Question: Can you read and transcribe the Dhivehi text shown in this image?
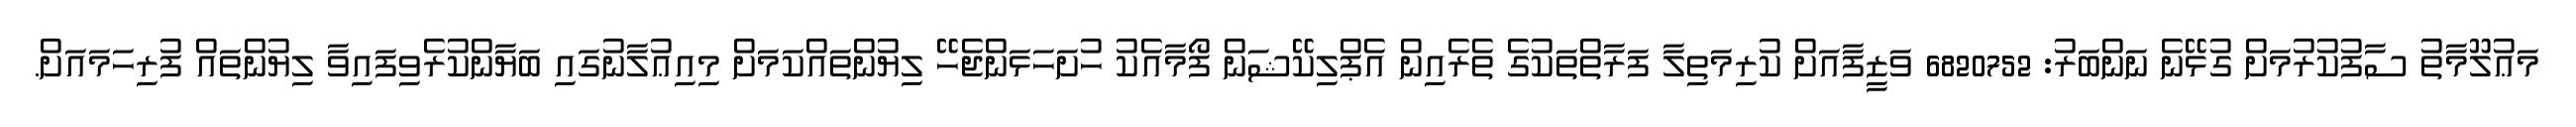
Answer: މަޢުލޫމާތު ސާފުކުރުމަށް ގުޅޭނެ ނަންބަރު: 6820752 ވަޒީފާއަށް ކުރިމަތިލާ ފަރާތްތަކުގެ ތެރެއިން އެޕްލިކޭޝަން ފޯމާއެކު ހުށަހަޅަންޖެހޭ ލިޔުންތައްކަމަށް މިއިޢުލާނުގައި ބަޔާންކުރެވިފައިވާ ލިޔުންތައް ފުރިހަމައަށް.